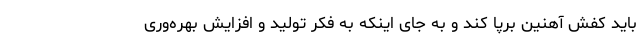
باید کفش آهنین برپا کند و به جای اینکه به فکر تولید و افزایش بهره‌وری